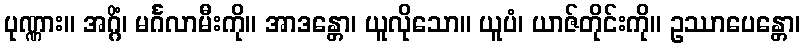
ပုဏ္ဏား။ အဂ္ဂိံ၊ မင်္ဂလာမီးကို။ အာဒန္တော၊ ယူလိုသော။ ယူပံ၊ ယာဇ်တိုင်းကို။ ဥဿာပေန္တော၊